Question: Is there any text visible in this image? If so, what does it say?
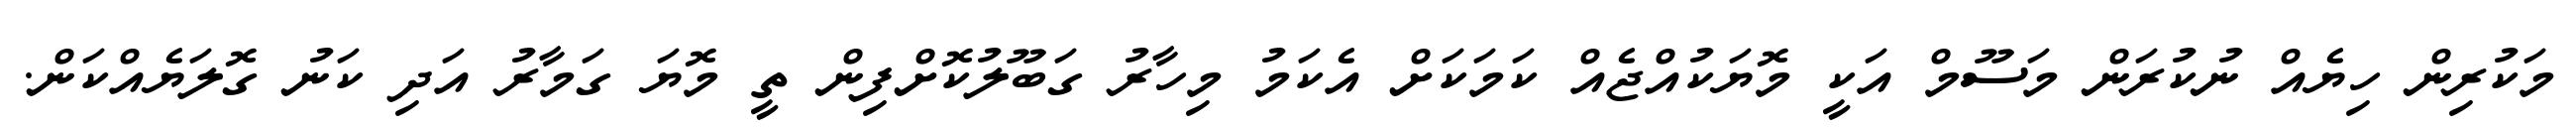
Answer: މަކުރިން ހިޔެއް ނުކުރަން މަސޫމް އަކީ މޮޔަކުއްޖެއް ކަމަކަށް އެކަމު މިހާރު ގަބޫލުކޮށްފިން ތީ މޮޔަ ގަމާރު އަދި ކަނު ގޮލަޔެއްކަން.